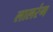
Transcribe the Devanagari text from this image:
लालरंग